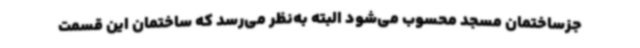
جزساختمان مسجد محسوب می‌شود البته به‌نظر می‌رسد که ساختمان این قسمت